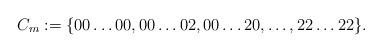
LaTeX: \begin{align*}C_m &:= \{ 00 \ldots 00, 00 \ldots 02, 00 \ldots 20, \ldots, 22 \ldots 22 \}.\end{align*}